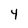
Character: 4